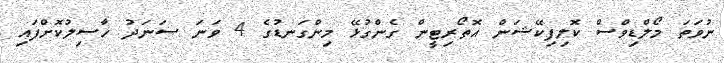
ނުވަތަ މޯލްޑިވްސް ކޮލިފިކޭޝަން އޮތޯރިޓީން ގެންގުޅޭ މިންގަނޑުގެ 4 ވަނަ ސަނަދު ހާސިލުކޮށްފައި